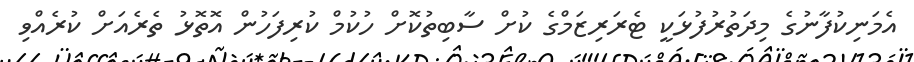
އެމަނިކުފާނުގެ މިދަތުރުފުޅަކީ ޓެރަރިޒަމްގެ ކުށް ސާބިތުކޮށް ހުކުމް ކުރިފަހުން އޮތޮޅު ތެރެއަށް ކުރެއްވި